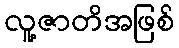
လူ့ဇာတိအဖြစ်